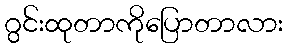
ဂွင်းထုတာကိုပြောတာလား